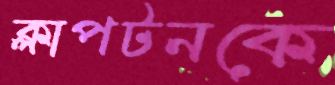
ক্লাপটনকে